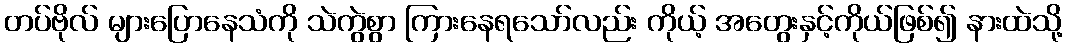
တပ်ဗိုလ် များပြောနေသံကို သဲကွဲစွာ ကြားနေရသော်လည်း ကိုယ့် အတွေးနှင့်ကိုယ်ဖြစ်၍ နားထဲသို့